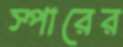
স্পারের